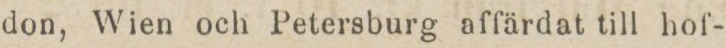
don, Wien och Petersburg affärdat till hof-